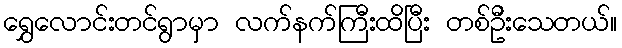
ရွှေလောင်းတင်ရွာမှာ လက်နက်ကြီးထိပြီး တစ်ဦးသေတယ်။